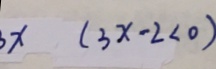
x ( 3 x - 2 < 0 )